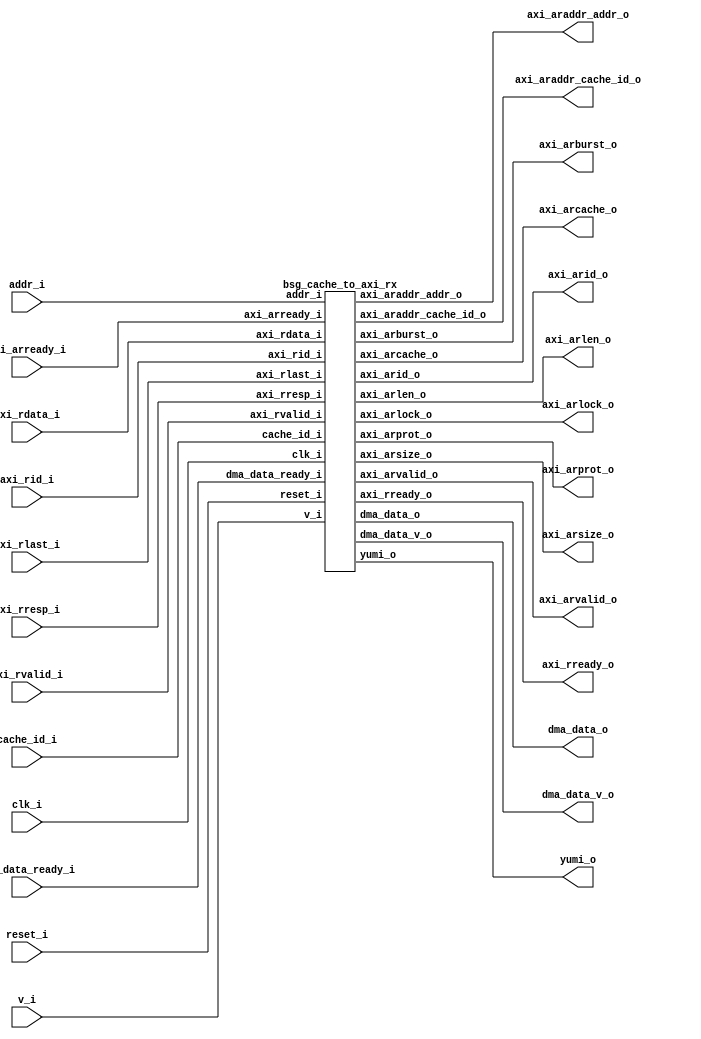


module top
(
  clk_i,
  reset_i,
  v_i,
  yumi_o,
  cache_id_i,
  addr_i,
  dma_data_o,
  dma_data_v_o,
  dma_data_ready_i,
  axi_arid_o,
  axi_araddr_addr_o,
  axi_araddr_cache_id_o,
  axi_arlen_o,
  axi_arsize_o,
  axi_arburst_o,
  axi_arcache_o,
  axi_arprot_o,
  axi_arlock_o,
  axi_arvalid_o,
  axi_arready_i,
  axi_rid_i,
  axi_rdata_i,
  axi_rresp_i,
  axi_rlast_i,
  axi_rvalid_i,
  axi_rready_o
);

  input [0:0] cache_id_i;
  input [27:0] addr_i;
  output [31:0] dma_data_o;
  output [0:0] dma_data_v_o;
  input [0:0] dma_data_ready_i;
  output [5:0] axi_arid_o;
  output [27:0] axi_araddr_addr_o;
  output [0:0] axi_araddr_cache_id_o;
  output [7:0] axi_arlen_o;
  output [2:0] axi_arsize_o;
  output [1:0] axi_arburst_o;
  output [3:0] axi_arcache_o;
  output [2:0] axi_arprot_o;
  input [5:0] axi_rid_i;
  input [31:0] axi_rdata_i;
  input [1:0] axi_rresp_i;
  input clk_i;
  input reset_i;
  input v_i;
  input axi_arready_i;
  input axi_rlast_i;
  input axi_rvalid_i;
  output yumi_o;
  output axi_arlock_o;
  output axi_arvalid_o;
  output axi_rready_o;

  bsg_cache_to_axi_rx
  wrapper
  (
    .cache_id_i(cache_id_i),
    .addr_i(addr_i),
    .dma_data_o(dma_data_o),
    .dma_data_v_o(dma_data_v_o),
    .dma_data_ready_i(dma_data_ready_i),
    .axi_arid_o(axi_arid_o),
    .axi_araddr_addr_o(axi_araddr_addr_o),
    .axi_araddr_cache_id_o(axi_araddr_cache_id_o),
    .axi_arlen_o(axi_arlen_o),
    .axi_arsize_o(axi_arsize_o),
    .axi_arburst_o(axi_arburst_o),
    .axi_arcache_o(axi_arcache_o),
    .axi_arprot_o(axi_arprot_o),
    .axi_rid_i(axi_rid_i),
    .axi_rdata_i(axi_rdata_i),
    .axi_rresp_i(axi_rresp_i),
    .clk_i(clk_i),
    .reset_i(reset_i),
    .v_i(v_i),
    .axi_arready_i(axi_arready_i),
    .axi_rlast_i(axi_rlast_i),
    .axi_rvalid_i(axi_rvalid_i),
    .yumi_o(yumi_o),
    .axi_arlock_o(axi_arlock_o),
    .axi_arvalid_o(axi_arvalid_o),
    .axi_rready_o(axi_rready_o)
  );


endmodule



module bsg_circular_ptr_slots_p1_max_add_p1
(
  clk,
  reset_i,
  add_i,
  o,
  n_o
);

  input [0:0] add_i;
  output [0:0] o;
  output [0:0] n_o;
  input clk;
  input reset_i;
  wire [0:0] o,n_o;
  reg o_0_sv2v_reg;
  assign o[0] = o_0_sv2v_reg;
  assign n_o[0] = 1'b0;

  always @(posedge clk) begin
    if(reset_i) begin
      o_0_sv2v_reg <= 1'b0;
    end else if(1'b1) begin
      o_0_sv2v_reg <= 1'b0;
    end 
  end


endmodule



module bsg_fifo_tracker_els_p1
(
  clk_i,
  reset_i,
  enq_i,
  deq_i,
  wptr_r_o,
  rptr_r_o,
  rptr_n_o,
  full_o,
  empty_o
);

  output [0:0] wptr_r_o;
  output [0:0] rptr_r_o;
  output [0:0] rptr_n_o;
  input clk_i;
  input reset_i;
  input enq_i;
  input deq_i;
  output full_o;
  output empty_o;
  wire [0:0] wptr_r_o,rptr_r_o,rptr_n_o;
  wire full_o,empty_o,N0,enq_r,deq_r,N1,equal_ptrs,sv2v_dc_1;
  reg deq_r_sv2v_reg,enq_r_sv2v_reg;
  assign deq_r = deq_r_sv2v_reg;
  assign enq_r = enq_r_sv2v_reg;

  bsg_circular_ptr_slots_p1_max_add_p1
  rptr
  (
    .clk(clk_i),
    .reset_i(reset_i),
    .add_i(deq_i),
    .o(rptr_r_o[0]),
    .n_o(rptr_n_o[0])
  );


  bsg_circular_ptr_slots_p1_max_add_p1
  wptr
  (
    .clk(clk_i),
    .reset_i(reset_i),
    .add_i(enq_i),
    .o(wptr_r_o[0]),
    .n_o(sv2v_dc_1)
  );

  assign N0 = rptr_r_o[0] ^ wptr_r_o[0];
  assign equal_ptrs = ~N0;
  assign N1 = enq_i | deq_i;
  assign empty_o = equal_ptrs & deq_r;
  assign full_o = equal_ptrs & enq_r;

  always @(posedge clk_i) begin
    if(reset_i) begin
      deq_r_sv2v_reg <= 1'b1;
      enq_r_sv2v_reg <= 1'b0;
    end else if(N1) begin
      deq_r_sv2v_reg <= deq_i;
      enq_r_sv2v_reg <= enq_i;
    end 
  end


endmodule



module bsg_mem_1r1w_synth_width_p1_els_p1_read_write_same_addr_p0
(
  w_clk_i,
  w_reset_i,
  w_v_i,
  w_addr_i,
  w_data_i,
  r_v_i,
  r_addr_i,
  r_data_o
);

  input [0:0] w_addr_i;
  input [0:0] w_data_i;
  input [0:0] r_addr_i;
  output [0:0] r_data_o;
  input w_clk_i;
  input w_reset_i;
  input w_v_i;
  input r_v_i;
  wire [0:0] r_data_o;
  wire N0,N1,N2,N3,N4,N5;
  reg r_data_o_0_sv2v_reg;
  assign r_data_o[0] = r_data_o_0_sv2v_reg;
  assign N5 = ~w_addr_i[0];
  assign N3 = 1'b1 & N5;
  assign N4 = (N0)? N3 : 
              (N1)? 1'b0 : 1'b0;
  assign N0 = w_v_i;
  assign N1 = N2;
  assign N2 = ~w_v_i;

  always @(posedge w_clk_i) begin
    if(N4) begin
      r_data_o_0_sv2v_reg <= w_data_i[0];
    end 
  end


endmodule



module bsg_mem_1r1w_width_p1_els_p1_read_write_same_addr_p0
(
  w_clk_i,
  w_reset_i,
  w_v_i,
  w_addr_i,
  w_data_i,
  r_v_i,
  r_addr_i,
  r_data_o
);

  input [0:0] w_addr_i;
  input [0:0] w_data_i;
  input [0:0] r_addr_i;
  output [0:0] r_data_o;
  input w_clk_i;
  input w_reset_i;
  input w_v_i;
  input r_v_i;
  wire [0:0] r_data_o;

  bsg_mem_1r1w_synth_width_p1_els_p1_read_write_same_addr_p0
  synth
  (
    .w_clk_i(w_clk_i),
    .w_reset_i(w_reset_i),
    .w_v_i(w_v_i),
    .w_addr_i(w_addr_i[0]),
    .w_data_i(w_data_i[0]),
    .r_v_i(r_v_i),
    .r_addr_i(r_addr_i[0]),
    .r_data_o(r_data_o[0])
  );


endmodule



module bsg_fifo_1r1w_small_unhardened_width_p1_els_p1_ready_THEN_valid_p0
(
  clk_i,
  reset_i,
  v_i,
  ready_o,
  data_i,
  v_o,
  data_o,
  yumi_i
);

  input [0:0] data_i;
  output [0:0] data_o;
  input clk_i;
  input reset_i;
  input v_i;
  input yumi_i;
  output ready_o;
  output v_o;
  wire [0:0] data_o,wptr_r,rptr_r;
  wire ready_o,v_o,enque,full,empty,sv2v_dc_1;

  bsg_fifo_tracker_els_p1
  ft
  (
    .clk_i(clk_i),
    .reset_i(reset_i),
    .enq_i(enque),
    .deq_i(yumi_i),
    .wptr_r_o(wptr_r[0]),
    .rptr_r_o(rptr_r[0]),
    .rptr_n_o(sv2v_dc_1),
    .full_o(full),
    .empty_o(empty)
  );


  bsg_mem_1r1w_width_p1_els_p1_read_write_same_addr_p0
  mem_1r1w
  (
    .w_clk_i(clk_i),
    .w_reset_i(reset_i),
    .w_v_i(enque),
    .w_addr_i(wptr_r[0]),
    .w_data_i(data_i[0]),
    .r_v_i(v_o),
    .r_addr_i(rptr_r[0]),
    .r_data_o(data_o[0])
  );

  assign enque = v_i & ready_o;
  assign ready_o = ~full;
  assign v_o = ~empty;

endmodule



module bsg_fifo_1r1w_small_width_p1_els_p1
(
  clk_i,
  reset_i,
  v_i,
  ready_o,
  data_i,
  v_o,
  data_o,
  yumi_i
);

  input [0:0] data_i;
  output [0:0] data_o;
  input clk_i;
  input reset_i;
  input v_i;
  input yumi_i;
  output ready_o;
  output v_o;
  wire [0:0] data_o;
  wire ready_o,v_o;

  bsg_fifo_1r1w_small_unhardened_width_p1_els_p1_ready_THEN_valid_p0
  \unhardened.un.fifo 
  (
    .clk_i(clk_i),
    .reset_i(reset_i),
    .v_i(v_i),
    .ready_o(ready_o),
    .data_i(data_i[0]),
    .v_o(v_o),
    .data_o(data_o[0]),
    .yumi_i(yumi_i)
  );


endmodule



module bsg_mem_1r1w_synth_width_p32_els_p2_read_write_same_addr_p0
(
  w_clk_i,
  w_reset_i,
  w_v_i,
  w_addr_i,
  w_data_i,
  r_v_i,
  r_addr_i,
  r_data_o
);

  input [0:0] w_addr_i;
  input [31:0] w_data_i;
  input [0:0] r_addr_i;
  output [31:0] r_data_o;
  input w_clk_i;
  input w_reset_i;
  input w_v_i;
  input r_v_i;
  wire [31:0] r_data_o;
  wire N0,N1,N2,N3,N4,N5,N7,N8;
  wire [63:0] \nz.mem ;
  reg \nz.mem_63_sv2v_reg ,\nz.mem_62_sv2v_reg ,\nz.mem_61_sv2v_reg ,
  \nz.mem_60_sv2v_reg ,\nz.mem_59_sv2v_reg ,\nz.mem_58_sv2v_reg ,\nz.mem_57_sv2v_reg ,
  \nz.mem_56_sv2v_reg ,\nz.mem_55_sv2v_reg ,\nz.mem_54_sv2v_reg ,\nz.mem_53_sv2v_reg ,
  \nz.mem_52_sv2v_reg ,\nz.mem_51_sv2v_reg ,\nz.mem_50_sv2v_reg ,\nz.mem_49_sv2v_reg ,
  \nz.mem_48_sv2v_reg ,\nz.mem_47_sv2v_reg ,\nz.mem_46_sv2v_reg ,\nz.mem_45_sv2v_reg ,
  \nz.mem_44_sv2v_reg ,\nz.mem_43_sv2v_reg ,\nz.mem_42_sv2v_reg ,
  \nz.mem_41_sv2v_reg ,\nz.mem_40_sv2v_reg ,\nz.mem_39_sv2v_reg ,\nz.mem_38_sv2v_reg ,
  \nz.mem_37_sv2v_reg ,\nz.mem_36_sv2v_reg ,\nz.mem_35_sv2v_reg ,\nz.mem_34_sv2v_reg ,
  \nz.mem_33_sv2v_reg ,\nz.mem_32_sv2v_reg ,\nz.mem_31_sv2v_reg ,\nz.mem_30_sv2v_reg ,
  \nz.mem_29_sv2v_reg ,\nz.mem_28_sv2v_reg ,\nz.mem_27_sv2v_reg ,\nz.mem_26_sv2v_reg ,
  \nz.mem_25_sv2v_reg ,\nz.mem_24_sv2v_reg ,\nz.mem_23_sv2v_reg ,
  \nz.mem_22_sv2v_reg ,\nz.mem_21_sv2v_reg ,\nz.mem_20_sv2v_reg ,\nz.mem_19_sv2v_reg ,
  \nz.mem_18_sv2v_reg ,\nz.mem_17_sv2v_reg ,\nz.mem_16_sv2v_reg ,\nz.mem_15_sv2v_reg ,
  \nz.mem_14_sv2v_reg ,\nz.mem_13_sv2v_reg ,\nz.mem_12_sv2v_reg ,\nz.mem_11_sv2v_reg ,
  \nz.mem_10_sv2v_reg ,\nz.mem_9_sv2v_reg ,\nz.mem_8_sv2v_reg ,\nz.mem_7_sv2v_reg ,
  \nz.mem_6_sv2v_reg ,\nz.mem_5_sv2v_reg ,\nz.mem_4_sv2v_reg ,\nz.mem_3_sv2v_reg ,
  \nz.mem_2_sv2v_reg ,\nz.mem_1_sv2v_reg ,\nz.mem_0_sv2v_reg ;
  assign \nz.mem [63] = \nz.mem_63_sv2v_reg ;
  assign \nz.mem [62] = \nz.mem_62_sv2v_reg ;
  assign \nz.mem [61] = \nz.mem_61_sv2v_reg ;
  assign \nz.mem [60] = \nz.mem_60_sv2v_reg ;
  assign \nz.mem [59] = \nz.mem_59_sv2v_reg ;
  assign \nz.mem [58] = \nz.mem_58_sv2v_reg ;
  assign \nz.mem [57] = \nz.mem_57_sv2v_reg ;
  assign \nz.mem [56] = \nz.mem_56_sv2v_reg ;
  assign \nz.mem [55] = \nz.mem_55_sv2v_reg ;
  assign \nz.mem [54] = \nz.mem_54_sv2v_reg ;
  assign \nz.mem [53] = \nz.mem_53_sv2v_reg ;
  assign \nz.mem [52] = \nz.mem_52_sv2v_reg ;
  assign \nz.mem [51] = \nz.mem_51_sv2v_reg ;
  assign \nz.mem [50] = \nz.mem_50_sv2v_reg ;
  assign \nz.mem [49] = \nz.mem_49_sv2v_reg ;
  assign \nz.mem [48] = \nz.mem_48_sv2v_reg ;
  assign \nz.mem [47] = \nz.mem_47_sv2v_reg ;
  assign \nz.mem [46] = \nz.mem_46_sv2v_reg ;
  assign \nz.mem [45] = \nz.mem_45_sv2v_reg ;
  assign \nz.mem [44] = \nz.mem_44_sv2v_reg ;
  assign \nz.mem [43] = \nz.mem_43_sv2v_reg ;
  assign \nz.mem [42] = \nz.mem_42_sv2v_reg ;
  assign \nz.mem [41] = \nz.mem_41_sv2v_reg ;
  assign \nz.mem [40] = \nz.mem_40_sv2v_reg ;
  assign \nz.mem [39] = \nz.mem_39_sv2v_reg ;
  assign \nz.mem [38] = \nz.mem_38_sv2v_reg ;
  assign \nz.mem [37] = \nz.mem_37_sv2v_reg ;
  assign \nz.mem [36] = \nz.mem_36_sv2v_reg ;
  assign \nz.mem [35] = \nz.mem_35_sv2v_reg ;
  assign \nz.mem [34] = \nz.mem_34_sv2v_reg ;
  assign \nz.mem [33] = \nz.mem_33_sv2v_reg ;
  assign \nz.mem [32] = \nz.mem_32_sv2v_reg ;
  assign \nz.mem [31] = \nz.mem_31_sv2v_reg ;
  assign \nz.mem [30] = \nz.mem_30_sv2v_reg ;
  assign \nz.mem [29] = \nz.mem_29_sv2v_reg ;
  assign \nz.mem [28] = \nz.mem_28_sv2v_reg ;
  assign \nz.mem [27] = \nz.mem_27_sv2v_reg ;
  assign \nz.mem [26] = \nz.mem_26_sv2v_reg ;
  assign \nz.mem [25] = \nz.mem_25_sv2v_reg ;
  assign \nz.mem [24] = \nz.mem_24_sv2v_reg ;
  assign \nz.mem [23] = \nz.mem_23_sv2v_reg ;
  assign \nz.mem [22] = \nz.mem_22_sv2v_reg ;
  assign \nz.mem [21] = \nz.mem_21_sv2v_reg ;
  assign \nz.mem [20] = \nz.mem_20_sv2v_reg ;
  assign \nz.mem [19] = \nz.mem_19_sv2v_reg ;
  assign \nz.mem [18] = \nz.mem_18_sv2v_reg ;
  assign \nz.mem [17] = \nz.mem_17_sv2v_reg ;
  assign \nz.mem [16] = \nz.mem_16_sv2v_reg ;
  assign \nz.mem [15] = \nz.mem_15_sv2v_reg ;
  assign \nz.mem [14] = \nz.mem_14_sv2v_reg ;
  assign \nz.mem [13] = \nz.mem_13_sv2v_reg ;
  assign \nz.mem [12] = \nz.mem_12_sv2v_reg ;
  assign \nz.mem [11] = \nz.mem_11_sv2v_reg ;
  assign \nz.mem [10] = \nz.mem_10_sv2v_reg ;
  assign \nz.mem [9] = \nz.mem_9_sv2v_reg ;
  assign \nz.mem [8] = \nz.mem_8_sv2v_reg ;
  assign \nz.mem [7] = \nz.mem_7_sv2v_reg ;
  assign \nz.mem [6] = \nz.mem_6_sv2v_reg ;
  assign \nz.mem [5] = \nz.mem_5_sv2v_reg ;
  assign \nz.mem [4] = \nz.mem_4_sv2v_reg ;
  assign \nz.mem [3] = \nz.mem_3_sv2v_reg ;
  assign \nz.mem [2] = \nz.mem_2_sv2v_reg ;
  assign \nz.mem [1] = \nz.mem_1_sv2v_reg ;
  assign \nz.mem [0] = \nz.mem_0_sv2v_reg ;
  assign r_data_o[31] = (N3)? \nz.mem [31] : 
                        (N0)? \nz.mem [63] : 1'b0;
  assign N0 = r_addr_i[0];
  assign r_data_o[30] = (N3)? \nz.mem [30] : 
                        (N0)? \nz.mem [62] : 1'b0;
  assign r_data_o[29] = (N3)? \nz.mem [29] : 
                        (N0)? \nz.mem [61] : 1'b0;
  assign r_data_o[28] = (N3)? \nz.mem [28] : 
                        (N0)? \nz.mem [60] : 1'b0;
  assign r_data_o[27] = (N3)? \nz.mem [27] : 
                        (N0)? \nz.mem [59] : 1'b0;
  assign r_data_o[26] = (N3)? \nz.mem [26] : 
                        (N0)? \nz.mem [58] : 1'b0;
  assign r_data_o[25] = (N3)? \nz.mem [25] : 
                        (N0)? \nz.mem [57] : 1'b0;
  assign r_data_o[24] = (N3)? \nz.mem [24] : 
                        (N0)? \nz.mem [56] : 1'b0;
  assign r_data_o[23] = (N3)? \nz.mem [23] : 
                        (N0)? \nz.mem [55] : 1'b0;
  assign r_data_o[22] = (N3)? \nz.mem [22] : 
                        (N0)? \nz.mem [54] : 1'b0;
  assign r_data_o[21] = (N3)? \nz.mem [21] : 
                        (N0)? \nz.mem [53] : 1'b0;
  assign r_data_o[20] = (N3)? \nz.mem [20] : 
                        (N0)? \nz.mem [52] : 1'b0;
  assign r_data_o[19] = (N3)? \nz.mem [19] : 
                        (N0)? \nz.mem [51] : 1'b0;
  assign r_data_o[18] = (N3)? \nz.mem [18] : 
                        (N0)? \nz.mem [50] : 1'b0;
  assign r_data_o[17] = (N3)? \nz.mem [17] : 
                        (N0)? \nz.mem [49] : 1'b0;
  assign r_data_o[16] = (N3)? \nz.mem [16] : 
                        (N0)? \nz.mem [48] : 1'b0;
  assign r_data_o[15] = (N3)? \nz.mem [15] : 
                        (N0)? \nz.mem [47] : 1'b0;
  assign r_data_o[14] = (N3)? \nz.mem [14] : 
                        (N0)? \nz.mem [46] : 1'b0;
  assign r_data_o[13] = (N3)? \nz.mem [13] : 
                        (N0)? \nz.mem [45] : 1'b0;
  assign r_data_o[12] = (N3)? \nz.mem [12] : 
                        (N0)? \nz.mem [44] : 1'b0;
  assign r_data_o[11] = (N3)? \nz.mem [11] : 
                        (N0)? \nz.mem [43] : 1'b0;
  assign r_data_o[10] = (N3)? \nz.mem [10] : 
                        (N0)? \nz.mem [42] : 1'b0;
  assign r_data_o[9] = (N3)? \nz.mem [9] : 
                       (N0)? \nz.mem [41] : 1'b0;
  assign r_data_o[8] = (N3)? \nz.mem [8] : 
                       (N0)? \nz.mem [40] : 1'b0;
  assign r_data_o[7] = (N3)? \nz.mem [7] : 
                       (N0)? \nz.mem [39] : 1'b0;
  assign r_data_o[6] = (N3)? \nz.mem [6] : 
                       (N0)? \nz.mem [38] : 1'b0;
  assign r_data_o[5] = (N3)? \nz.mem [5] : 
                       (N0)? \nz.mem [37] : 1'b0;
  assign r_data_o[4] = (N3)? \nz.mem [4] : 
                       (N0)? \nz.mem [36] : 1'b0;
  assign r_data_o[3] = (N3)? \nz.mem [3] : 
                       (N0)? \nz.mem [35] : 1'b0;
  assign r_data_o[2] = (N3)? \nz.mem [2] : 
                       (N0)? \nz.mem [34] : 1'b0;
  assign r_data_o[1] = (N3)? \nz.mem [1] : 
                       (N0)? \nz.mem [33] : 1'b0;
  assign r_data_o[0] = (N3)? \nz.mem [0] : 
                       (N0)? \nz.mem [32] : 1'b0;
  assign N5 = ~w_addr_i[0];
  assign { N8, N7 } = (N1)? { w_addr_i[0:0], N5 } : 
                      (N2)? { 1'b0, 1'b0 } : 1'b0;
  assign N1 = w_v_i;
  assign N2 = N4;
  assign N3 = ~r_addr_i[0];
  assign N4 = ~w_v_i;

  always @(posedge w_clk_i) begin
    if(N8) begin
      \nz.mem_63_sv2v_reg  <= w_data_i[31];
      \nz.mem_62_sv2v_reg  <= w_data_i[30];
      \nz.mem_61_sv2v_reg  <= w_data_i[29];
      \nz.mem_60_sv2v_reg  <= w_data_i[28];
      \nz.mem_59_sv2v_reg  <= w_data_i[27];
      \nz.mem_58_sv2v_reg  <= w_data_i[26];
      \nz.mem_57_sv2v_reg  <= w_data_i[25];
      \nz.mem_56_sv2v_reg  <= w_data_i[24];
      \nz.mem_55_sv2v_reg  <= w_data_i[23];
      \nz.mem_54_sv2v_reg  <= w_data_i[22];
      \nz.mem_53_sv2v_reg  <= w_data_i[21];
      \nz.mem_52_sv2v_reg  <= w_data_i[20];
      \nz.mem_51_sv2v_reg  <= w_data_i[19];
      \nz.mem_50_sv2v_reg  <= w_data_i[18];
      \nz.mem_49_sv2v_reg  <= w_data_i[17];
      \nz.mem_48_sv2v_reg  <= w_data_i[16];
      \nz.mem_47_sv2v_reg  <= w_data_i[15];
      \nz.mem_46_sv2v_reg  <= w_data_i[14];
      \nz.mem_45_sv2v_reg  <= w_data_i[13];
      \nz.mem_44_sv2v_reg  <= w_data_i[12];
      \nz.mem_43_sv2v_reg  <= w_data_i[11];
      \nz.mem_42_sv2v_reg  <= w_data_i[10];
      \nz.mem_41_sv2v_reg  <= w_data_i[9];
      \nz.mem_40_sv2v_reg  <= w_data_i[8];
      \nz.mem_39_sv2v_reg  <= w_data_i[7];
      \nz.mem_38_sv2v_reg  <= w_data_i[6];
      \nz.mem_37_sv2v_reg  <= w_data_i[5];
      \nz.mem_36_sv2v_reg  <= w_data_i[4];
      \nz.mem_35_sv2v_reg  <= w_data_i[3];
      \nz.mem_34_sv2v_reg  <= w_data_i[2];
      \nz.mem_33_sv2v_reg  <= w_data_i[1];
      \nz.mem_32_sv2v_reg  <= w_data_i[0];
    end 
    if(N7) begin
      \nz.mem_31_sv2v_reg  <= w_data_i[31];
      \nz.mem_30_sv2v_reg  <= w_data_i[30];
      \nz.mem_29_sv2v_reg  <= w_data_i[29];
      \nz.mem_28_sv2v_reg  <= w_data_i[28];
      \nz.mem_27_sv2v_reg  <= w_data_i[27];
      \nz.mem_26_sv2v_reg  <= w_data_i[26];
      \nz.mem_25_sv2v_reg  <= w_data_i[25];
      \nz.mem_24_sv2v_reg  <= w_data_i[24];
      \nz.mem_23_sv2v_reg  <= w_data_i[23];
      \nz.mem_22_sv2v_reg  <= w_data_i[22];
      \nz.mem_21_sv2v_reg  <= w_data_i[21];
      \nz.mem_20_sv2v_reg  <= w_data_i[20];
      \nz.mem_19_sv2v_reg  <= w_data_i[19];
      \nz.mem_18_sv2v_reg  <= w_data_i[18];
      \nz.mem_17_sv2v_reg  <= w_data_i[17];
      \nz.mem_16_sv2v_reg  <= w_data_i[16];
      \nz.mem_15_sv2v_reg  <= w_data_i[15];
      \nz.mem_14_sv2v_reg  <= w_data_i[14];
      \nz.mem_13_sv2v_reg  <= w_data_i[13];
      \nz.mem_12_sv2v_reg  <= w_data_i[12];
      \nz.mem_11_sv2v_reg  <= w_data_i[11];
      \nz.mem_10_sv2v_reg  <= w_data_i[10];
      \nz.mem_9_sv2v_reg  <= w_data_i[9];
      \nz.mem_8_sv2v_reg  <= w_data_i[8];
      \nz.mem_7_sv2v_reg  <= w_data_i[7];
      \nz.mem_6_sv2v_reg  <= w_data_i[6];
      \nz.mem_5_sv2v_reg  <= w_data_i[5];
      \nz.mem_4_sv2v_reg  <= w_data_i[4];
      \nz.mem_3_sv2v_reg  <= w_data_i[3];
      \nz.mem_2_sv2v_reg  <= w_data_i[2];
      \nz.mem_1_sv2v_reg  <= w_data_i[1];
      \nz.mem_0_sv2v_reg  <= w_data_i[0];
    end 
  end


endmodule



module bsg_mem_1r1w_width_p32_els_p2_read_write_same_addr_p0
(
  w_clk_i,
  w_reset_i,
  w_v_i,
  w_addr_i,
  w_data_i,
  r_v_i,
  r_addr_i,
  r_data_o
);

  input [0:0] w_addr_i;
  input [31:0] w_data_i;
  input [0:0] r_addr_i;
  output [31:0] r_data_o;
  input w_clk_i;
  input w_reset_i;
  input w_v_i;
  input r_v_i;
  wire [31:0] r_data_o;

  bsg_mem_1r1w_synth_width_p32_els_p2_read_write_same_addr_p0
  synth
  (
    .w_clk_i(w_clk_i),
    .w_reset_i(w_reset_i),
    .w_v_i(w_v_i),
    .w_addr_i(w_addr_i[0]),
    .w_data_i(w_data_i),
    .r_v_i(r_v_i),
    .r_addr_i(r_addr_i[0]),
    .r_data_o(r_data_o)
  );


endmodule



module bsg_two_fifo_width_p32
(
  clk_i,
  reset_i,
  ready_o,
  data_i,
  v_i,
  v_o,
  data_o,
  yumi_i
);

  input [31:0] data_i;
  output [31:0] data_o;
  input clk_i;
  input reset_i;
  input v_i;
  input yumi_i;
  output ready_o;
  output v_o;
  wire [31:0] data_o;
  wire ready_o,v_o,enq_i,tail_r,_0_net_,head_r,empty_r,full_r,N0,N1,N2,N3,N4,N5,N6,N7,
  N8,N9,N10,N11,N12,N13,N14;
  reg full_r_sv2v_reg,tail_r_sv2v_reg,head_r_sv2v_reg,empty_r_sv2v_reg;
  assign full_r = full_r_sv2v_reg;
  assign tail_r = tail_r_sv2v_reg;
  assign head_r = head_r_sv2v_reg;
  assign empty_r = empty_r_sv2v_reg;

  bsg_mem_1r1w_width_p32_els_p2_read_write_same_addr_p0
  mem_1r1w
  (
    .w_clk_i(clk_i),
    .w_reset_i(reset_i),
    .w_v_i(enq_i),
    .w_addr_i(tail_r),
    .w_data_i(data_i),
    .r_v_i(_0_net_),
    .r_addr_i(head_r),
    .r_data_o(data_o)
  );

  assign _0_net_ = ~empty_r;
  assign v_o = ~empty_r;
  assign ready_o = ~full_r;
  assign enq_i = v_i & N5;
  assign N5 = ~full_r;
  assign N1 = enq_i;
  assign N0 = ~tail_r;
  assign N2 = ~head_r;
  assign N3 = N7 | N9;
  assign N7 = empty_r & N6;
  assign N6 = ~enq_i;
  assign N9 = N8 & N6;
  assign N8 = N5 & yumi_i;
  assign N4 = N13 | N14;
  assign N13 = N11 & N12;
  assign N11 = N10 & enq_i;
  assign N10 = ~empty_r;
  assign N12 = ~yumi_i;
  assign N14 = full_r & N12;

  always @(posedge clk_i) begin
    if(reset_i) begin
      full_r_sv2v_reg <= 1'b0;
      empty_r_sv2v_reg <= 1'b1;
    end else if(1'b1) begin
      full_r_sv2v_reg <= N4;
      empty_r_sv2v_reg <= N3;
    end 
    if(reset_i) begin
      tail_r_sv2v_reg <= 1'b0;
    end else if(N1) begin
      tail_r_sv2v_reg <= N0;
    end 
    if(reset_i) begin
      head_r_sv2v_reg <= 1'b0;
    end else if(yumi_i) begin
      head_r_sv2v_reg <= N2;
    end 
  end


endmodule



module bsg_parallel_in_serial_out_width_p32_els_p1
(
  clk_i,
  reset_i,
  valid_i,
  data_i,
  ready_and_o,
  valid_o,
  data_o,
  yumi_i
);

  input [31:0] data_i;
  output [31:0] data_o;
  input clk_i;
  input reset_i;
  input valid_i;
  input yumi_i;
  output ready_and_o;
  output valid_o;
  wire [31:0] data_o;
  wire ready_and_o,valid_o;

  bsg_two_fifo_width_p32
  \two_fifo.fifo0 
  (
    .clk_i(clk_i),
    .reset_i(reset_i),
    .ready_o(ready_and_o),
    .data_i(data_i),
    .v_i(valid_i),
    .v_o(valid_o),
    .data_o(data_o),
    .yumi_i(yumi_i)
  );


endmodule



module bsg_decode_num_out_p1
(
  i,
  o
);

  input [0:0] i;
  output [0:0] o;
  wire [0:0] o;
  assign o[0] = 1'b1;

endmodule



module bsg_decode_with_v_num_out_p1
(
  i,
  v_i,
  o
);

  input [0:0] i;
  output [0:0] o;
  input v_i;
  wire [0:0] o,lo;

  bsg_decode_num_out_p1
  bd
  (
    .i(i[0]),
    .o(lo[0])
  );

  assign o[0] = v_i & lo[0];

endmodule



module bsg_counter_clear_up_max_val_p3_init_val_p0
(
  clk_i,
  reset_i,
  clear_i,
  up_i,
  count_o
);

  output [1:0] count_o;
  input clk_i;
  input reset_i;
  input clear_i;
  input up_i;
  wire [1:0] count_o;
  wire N0,N1,N4,N5,N6,N8,N9,N10,N11,N12,N13,N14,N2,N3,N7,N30,N15;
  reg count_o_1_sv2v_reg,count_o_0_sv2v_reg;
  assign count_o[1] = count_o_1_sv2v_reg;
  assign count_o[0] = count_o_0_sv2v_reg;
  assign N15 = reset_i | clear_i;
  assign { N6, N5 } = count_o + 1'b1;
  assign N8 = (N0)? 1'b1 : 
              (N7)? 1'b1 : 
              (N3)? 1'b0 : 1'b0;
  assign N0 = clear_i;
  assign N10 = (N1)? 1'b1 : 
               (N30)? 1'b0 : 1'b0;
  assign N1 = up_i;
  assign N9 = (N0)? up_i : 
              (N7)? N5 : 1'b0;
  assign N4 = N14;
  assign N11 = ~reset_i;
  assign N12 = ~clear_i;
  assign N13 = N11 & N12;
  assign N14 = up_i & N13;
  assign N2 = up_i | clear_i;
  assign N3 = ~N2;
  assign N7 = up_i & N12;
  assign N30 = ~up_i;

  always @(posedge clk_i) begin
    if(N15) begin
      count_o_1_sv2v_reg <= 1'b0;
    end else if(N10) begin
      count_o_1_sv2v_reg <= N6;
    end 
    if(reset_i) begin
      count_o_0_sv2v_reg <= 1'b0;
    end else if(N8) begin
      count_o_0_sv2v_reg <= N9;
    end 
  end


endmodule



module bsg_cache_to_axi_rx
(
  clk_i,
  reset_i,
  v_i,
  yumi_o,
  cache_id_i,
  addr_i,
  dma_data_o,
  dma_data_v_o,
  dma_data_ready_i,
  axi_arid_o,
  axi_araddr_addr_o,
  axi_araddr_cache_id_o,
  axi_arlen_o,
  axi_arsize_o,
  axi_arburst_o,
  axi_arcache_o,
  axi_arprot_o,
  axi_arlock_o,
  axi_arvalid_o,
  axi_arready_i,
  axi_rid_i,
  axi_rdata_i,
  axi_rresp_i,
  axi_rlast_i,
  axi_rvalid_i,
  axi_rready_o
);

  input [0:0] cache_id_i;
  input [27:0] addr_i;
  output [31:0] dma_data_o;
  output [0:0] dma_data_v_o;
  input [0:0] dma_data_ready_i;
  output [5:0] axi_arid_o;
  output [27:0] axi_araddr_addr_o;
  output [0:0] axi_araddr_cache_id_o;
  output [7:0] axi_arlen_o;
  output [2:0] axi_arsize_o;
  output [1:0] axi_arburst_o;
  output [3:0] axi_arcache_o;
  output [2:0] axi_arprot_o;
  input [5:0] axi_rid_i;
  input [31:0] axi_rdata_i;
  input [1:0] axi_rresp_i;
  input clk_i;
  input reset_i;
  input v_i;
  input axi_arready_i;
  input axi_rlast_i;
  input axi_rvalid_i;
  output yumi_o;
  output axi_arlock_o;
  output axi_arvalid_o;
  output axi_rready_o;
  wire [31:0] dma_data_o;
  wire [0:0] dma_data_v_o,axi_araddr_cache_id_o,tag_lo,cache_sel;
  wire [5:0] axi_arid_o;
  wire [27:0] axi_araddr_addr_o;
  wire [7:0] axi_arlen_o;
  wire [2:0] axi_arsize_o,axi_arprot_o;
  wire [1:0] axi_arburst_o,count_lo;
  wire [3:0] axi_arcache_o;
  wire yumi_o,axi_arlock_o,axi_arvalid_o,axi_rready_o,N0,tag_fifo_v_li,
  tag_fifo_ready_lo,tag_fifo_v_lo,tag_fifo_yumi_li,piso_v_lo,piso_yumi_li,counter_clear_li,
  counter_up_li,N1,N2,N3,N4;
  assign axi_arsize_o[1] = 1'b1;
  assign axi_arlock_o = 1'b0;
  assign axi_arprot_o[0] = 1'b0;
  assign axi_arprot_o[1] = 1'b0;
  assign axi_arprot_o[2] = 1'b0;
  assign axi_arcache_o[0] = 1'b0;
  assign axi_arcache_o[1] = 1'b0;
  assign axi_arcache_o[2] = 1'b0;
  assign axi_arcache_o[3] = 1'b0;
  assign axi_arburst_o[0] = 1'b0;
  assign axi_arburst_o[1] = 1'b0;
  assign axi_arsize_o[0] = 1'b0;
  assign axi_arsize_o[2] = 1'b0;
  assign axi_arlen_o[0] = 1'b0;
  assign axi_arlen_o[1] = 1'b0;
  assign axi_arlen_o[2] = 1'b0;
  assign axi_arlen_o[3] = 1'b0;
  assign axi_arlen_o[4] = 1'b0;
  assign axi_arlen_o[5] = 1'b0;
  assign axi_arlen_o[6] = 1'b0;
  assign axi_arlen_o[7] = 1'b0;
  assign axi_arid_o[0] = 1'b0;
  assign axi_arid_o[1] = 1'b0;
  assign axi_arid_o[2] = 1'b0;
  assign axi_arid_o[3] = 1'b0;
  assign axi_arid_o[4] = 1'b0;
  assign axi_arid_o[5] = 1'b0;
  assign axi_araddr_cache_id_o[0] = cache_id_i[0];
  assign axi_araddr_addr_o[27] = addr_i[27];
  assign axi_araddr_addr_o[26] = addr_i[26];
  assign axi_araddr_addr_o[25] = addr_i[25];
  assign axi_araddr_addr_o[24] = addr_i[24];
  assign axi_araddr_addr_o[23] = addr_i[23];
  assign axi_araddr_addr_o[22] = addr_i[22];
  assign axi_araddr_addr_o[21] = addr_i[21];
  assign axi_araddr_addr_o[20] = addr_i[20];
  assign axi_araddr_addr_o[19] = addr_i[19];
  assign axi_araddr_addr_o[18] = addr_i[18];
  assign axi_araddr_addr_o[17] = addr_i[17];
  assign axi_araddr_addr_o[16] = addr_i[16];
  assign axi_araddr_addr_o[15] = addr_i[15];
  assign axi_araddr_addr_o[14] = addr_i[14];
  assign axi_araddr_addr_o[13] = addr_i[13];
  assign axi_araddr_addr_o[12] = addr_i[12];
  assign axi_araddr_addr_o[11] = addr_i[11];
  assign axi_araddr_addr_o[10] = addr_i[10];
  assign axi_araddr_addr_o[9] = addr_i[9];
  assign axi_araddr_addr_o[8] = addr_i[8];
  assign axi_araddr_addr_o[7] = addr_i[7];
  assign axi_araddr_addr_o[6] = addr_i[6];
  assign axi_araddr_addr_o[5] = addr_i[5];
  assign axi_araddr_addr_o[4] = addr_i[4];
  assign axi_araddr_addr_o[3] = addr_i[3];
  assign axi_araddr_addr_o[2] = addr_i[2];
  assign axi_araddr_addr_o[1] = addr_i[1];
  assign axi_araddr_addr_o[0] = addr_i[0];

  bsg_fifo_1r1w_small_width_p1_els_p1
  tag_fifo
  (
    .clk_i(clk_i),
    .reset_i(reset_i),
    .v_i(tag_fifo_v_li),
    .ready_o(tag_fifo_ready_lo),
    .data_i(cache_id_i[0]),
    .v_o(tag_fifo_v_lo),
    .data_o(tag_lo[0]),
    .yumi_i(tag_fifo_yumi_li)
  );


  bsg_parallel_in_serial_out_width_p32_els_p1
  piso
  (
    .clk_i(clk_i),
    .reset_i(reset_i),
    .valid_i(axi_rvalid_i),
    .data_i(axi_rdata_i),
    .ready_and_o(axi_rready_o),
    .valid_o(piso_v_lo),
    .data_o(dma_data_o),
    .yumi_i(piso_yumi_li)
  );


  bsg_decode_with_v_num_out_p1
  demux
  (
    .i(tag_lo[0]),
    .v_i(tag_fifo_v_lo),
    .o(cache_sel[0])
  );


  bsg_counter_clear_up_max_val_p3_init_val_p0
  counter
  (
    .clk_i(clk_i),
    .reset_i(reset_i),
    .clear_i(counter_clear_li),
    .up_i(counter_up_li),
    .count_o(count_lo)
  );

  assign N2 = count_lo[0] & count_lo[1];
  assign counter_clear_li = (N0)? piso_yumi_li : 
                            (N1)? 1'b0 : 1'b0;
  assign N0 = N2;
  assign counter_up_li = (N0)? 1'b0 : 
                         (N1)? piso_yumi_li : 1'b0;
  assign tag_fifo_yumi_li = (N0)? piso_yumi_li : 
                            (N1)? 1'b0 : 1'b0;
  assign yumi_o = N3 & tag_fifo_ready_lo;
  assign N3 = v_i & axi_arready_i;
  assign tag_fifo_v_li = v_i & axi_arready_i;
  assign axi_arvalid_o = v_i & tag_fifo_ready_lo;
  assign dma_data_v_o[0] = cache_sel[0] & piso_v_lo;
  assign piso_yumi_li = N4 & tag_fifo_v_lo;
  assign N4 = dma_data_ready_i[0] & piso_v_lo;
  assign N1 = ~N2;

endmodule